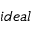
i d e a l